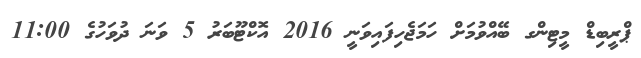
ޕްރީބިޑް މީޓިންގ ބޭއްވުމަށް ހަމަޖެހިފައިވަނީ 2016 އޮކްޓޫބަރު 5 ވަނަ ދުވަހުގެ 11:00